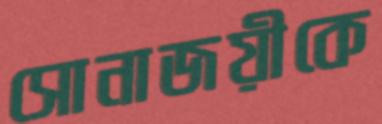
সোনাজয়ীকে